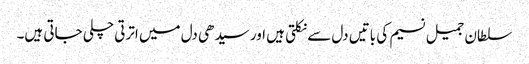
سلطان جمیل نسیم کی باتیں دل سے نکلتی ہیں اور سیدھی دل میں اترتی چلی جاتی ہیں۔